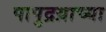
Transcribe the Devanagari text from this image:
पापुद्रय़ाच्या